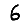
Digit: 6